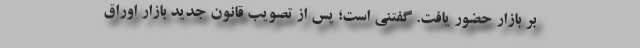
بر بازار حضور یافت. گفتنی است؛ پس از تصویب قانون جدید بازار اوراق